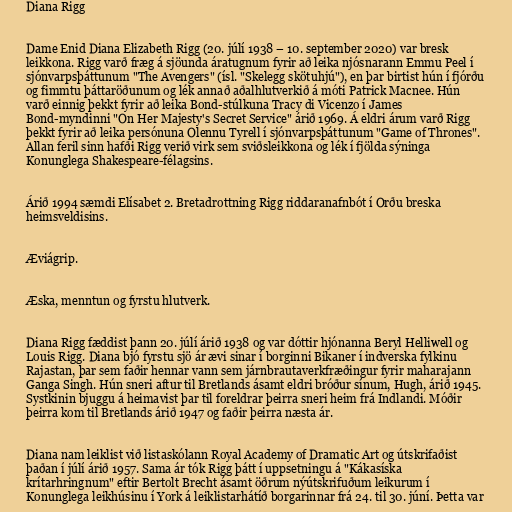
Diana Rigg

Dame Enid Diana Elizabeth Rigg (20. júlí 1938 – 10. september 2020) var bresk
leikkona. Rigg varð fræg á sjöunda áratugnum fyrir að leika njósnarann Emmu Peel í
sjónvarpsþáttunum "The Avengers" (ísl. "Skelegg skötuhjú"), en þar birtist hún í fjórðu
og fimmtu þáttaröðunum og lék annað aðalhlutverkið á móti Patrick Macnee. Hún
varð einnig þekkt fyrir að leika Bond-stúlkuna Tracy di Vicenzo í James
Bond-myndinni "On Her Majesty's Secret Service" árið 1969. Á eldri árum varð Rigg
þekkt fyrir að leika persónuna Olennu Tyrell í sjónvarpsþáttunum "Game of Thrones".
Allan feril sinn hafði Rigg verið virk sem sviðsleikkona og lék í fjölda sýninga
Konunglega Shakespeare-félagsins.

Árið 1994 sæmdi Elísabet 2. Bretadrottning Rigg riddaranafnbót í Orðu breska
heimsveldisins.

Æviágrip.

Æska, menntun og fyrstu hlutverk.

Diana Rigg fæddist þann 20. júlí árið 1938 og var dóttir hjónanna Beryl Helliwell og
Louis Rigg. Diana bjó fyrstu sjö ár ævi sinar í borginni Bikaner í indverska fylkinu
Rajastan, þar sem faðir hennar vann sem járnbrautaverkfræðingur fyrir maharajann
Ganga Singh. Hún sneri aftur til Bretlands ásamt eldri bróður sínum, Hugh, árið 1945.
Systkinin bjuggu á heimavist þar til foreldrar þeirra sneri heim frá Indlandi. Móðir
þeirra kom til Bretlands árið 1947 og faðir þeirra næsta ár.

Diana nam leiklist við listaskólann Royal Academy of Dramatic Art og útskrifaðist
þaðan í júlí árið 1957. Sama ár tók Rigg þátt í uppsetningu á "Kákasíska
krítarhringnum" eftir Bertolt Brecht ásamt öðrum nýútskrifuðum leikurum í
Konunglega leikhúsinu í York á leiklistarhátíð borgarinnar frá 24. til 30. júní. Þetta var